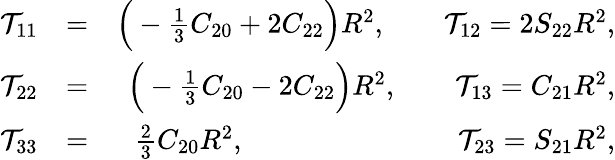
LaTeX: \begin{array}{rlr}{{\cal T}_{11}}&{=}&{\Big(-{\textstyle\frac{1}{3}}C_{20}+2C_{22}\Big)R^{2},\qquad{\cal T}_{12}=2S_{22}R^{2},}\\ {{\cal T}_{22}}&{=}&{\Big(-{\textstyle\frac{1}{3}}C_{20}-2C_{22}\Big)R^{2},\qquad{\cal T}_{13}=C_{21}R^{2},}\\ {{\cal T}_{33}}&{=}&{{\textstyle\frac{2}{3}}C_{20}R^{2},\qquad\qquad\qquad\quad~~{\cal T}_{23}=S_{21}R^{2},}\end{array}